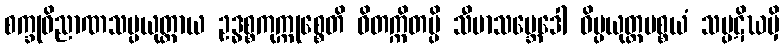
စက္ခုဝိညာဏသမ္ပယုတ္တာယ ဥဒ္ဓစ္စကုက္ကုစ္စေတိ ဝိတက္ကိတမ္ပိ သီမာသမ္ဘေဒေါ ဝိပ္ပယုတ္တပစ္စယံ သပ္ပဋိဃမှိ